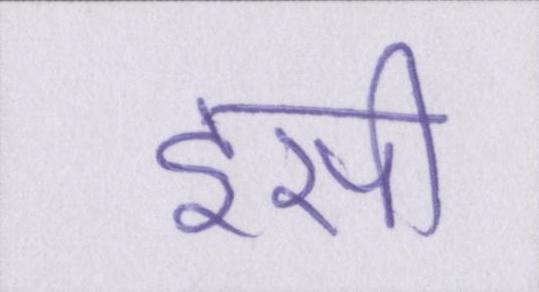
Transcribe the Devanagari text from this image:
इसी